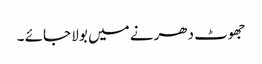
جھوٹ دھرنے میں بولا جائے ۔